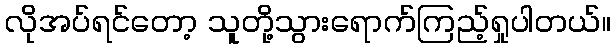
လိုအပ်ရင်တော့ သူတို့သွားရောက်ကြည့်ရှုပါတယ်။